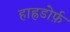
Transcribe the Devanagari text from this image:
हाह्नडोर्फ़